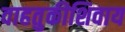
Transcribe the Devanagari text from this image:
वाहतुकीशिवाय